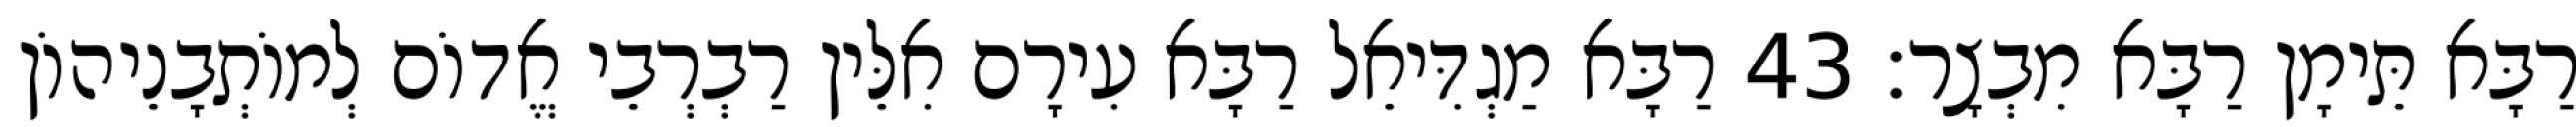
רַבָּא תֵּימָן רַבָּא מִבְצָר׃ 43 רַבָּא מַגְדִּיאֵל רַבָּא עִירָם אִלֵּין רַבְרְבֵי אֱדוֹם לְמוֹתְבָנֵיהוֹן